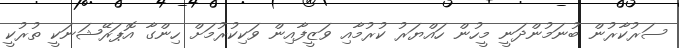
ސަރުކާރުން ބުނަމުންދަނީ މީހުން ހައްޔަރު ކުރުމާއި ވަޒީފާއިން ވަކިކުރުމަށް ހިންގާ އޮޕަރޭޝަނަކީ ތުރުކީ